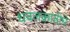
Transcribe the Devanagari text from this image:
धवलक्रांतीचे